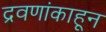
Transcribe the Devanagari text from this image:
द्रवणांकाहून